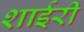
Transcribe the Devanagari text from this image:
शाईरी